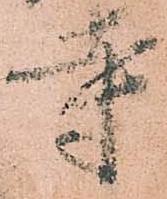
寺